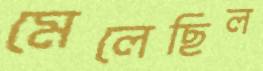
মেলেছিল